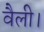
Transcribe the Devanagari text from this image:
वैली।